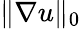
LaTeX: \| \nabla u\| _{0}